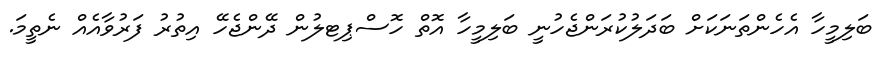
ބަލިމީހާ އެހެންތަނަކަށް ބަދަލުކުރަންޖެހުނީ ބަލިމީހާ އޮތް ހޮސްޕިޓލުން ދޭންޖެހޭ އިތުރު ފަރުވާއެއް ނެތީމަ.